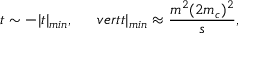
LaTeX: t \sim - \vert t \vert _ { m i n } , \ \ \ \ \, v e r t t \vert _ { m i n } \approx \frac { m ^ { 2 } ( 2 m _ { c } ) ^ { 2 } } { s } ,